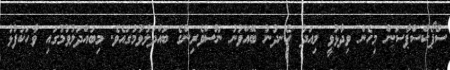
ސްޕޯކްސްޕާސަން މިހެން ވިދާޅުވީ މިއަދު ހެނދުނު ބޭއްވުނު ނޫސްވެރިންގެ ބައްދަލުވުމުގައެވެ. މިބައްދަލުވުމުގައި ވާހަކަފުޅު